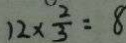
1 2 \times \frac { 2 } { 3 } = 8